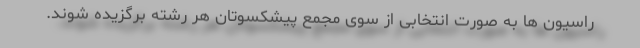
راسیون ها به صورت انتخابی از سوی مجمع پیشکسوتان هر رشته برگزیده شوند.